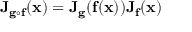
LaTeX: \mathbf { J } _ { \mathbf { g } \circ \mathbf { f } } ( \mathbf { x } ) = \mathbf { J } _ { \mathbf { g } } ( \mathbf { f } ( \mathbf { x } ) ) \mathbf { J } _ { \mathbf { f } } ( \mathbf { x } )